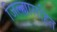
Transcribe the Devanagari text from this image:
जिल्ह्यासहित